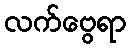
လက်ဗွေရာ